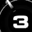
Digit: 3